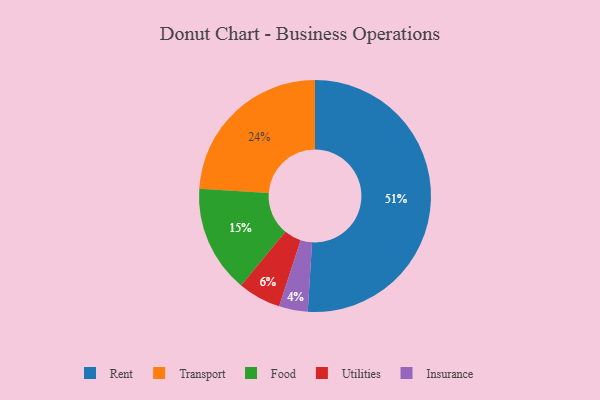
{"axis": {"x": "Category", "y": "Percentage"}, "legend": ["Food", "Insurance", "Rent", "Transport", "Utilities"], "data": [{"x": "Food", "y": 15, "type": "Food"}, {"x": "Insurance", "y": 4, "type": "Insurance"}, {"x": "Transport", "y": 24, "type": "Transport"}, {"x": "Rent", "y": 51, "type": "Rent"}, {"x": "Utilities", "y": 6, "type": "Utilities"}]}